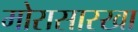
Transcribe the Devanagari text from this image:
मोरासारखा